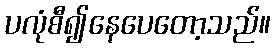
ပလုံစီ၍နေပေတော့သည်။